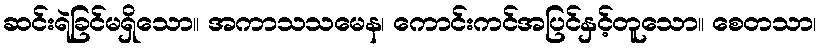
ဆင်းရဲခြင်မရှိသော။ အကာသသမေန၊ ကောင်းကင်အပြင်နှင့်တူသော။ စေတသာ၊